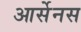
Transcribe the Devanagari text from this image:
आर्सेनस